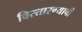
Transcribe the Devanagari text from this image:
विस्तारण्याची